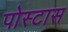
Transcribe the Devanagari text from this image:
पोस्टास